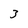
Character: 3